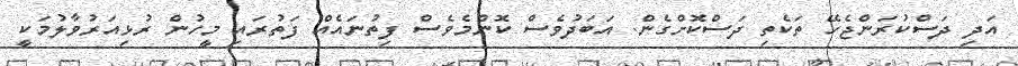
އަދި ދަސްކުރަންޖެހޭ ތަކެތި ދަސްކޮށްގެން. އަބަދުވެސް ކޮންމެވެސް ފިތުނައެއް ފަތުރައި މީހުން ރުޅިއަރުވާލުމަކީ